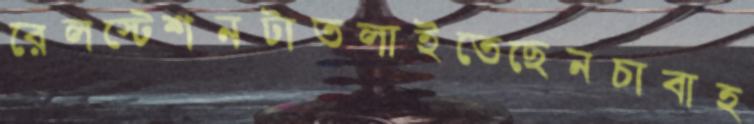
রেলস্টেশনটাতলাইতেছেনচাবাহ